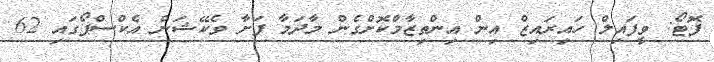
ފޮޓޯ: ވީފައިލް ހައިރައިޒް އިން އިންތިޒާމްކޮށްގެން މާދަމާ ފަށާ ވެކޭޝަން އެކްސްޕޯގައި 62